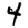
Digit: 4